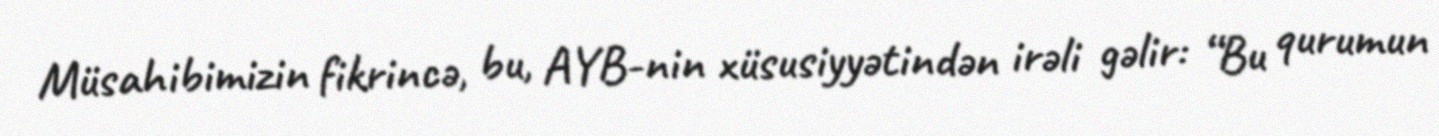
Müsahibimizin fikrincə, bu, AYB-nin xüsusiyyətindən irəli gəlir: “Bu qurumun